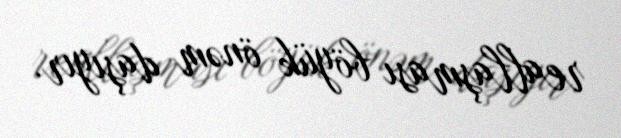
reallaşması böyük önəm daşıyır.